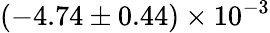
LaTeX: (-4.74\pm 0.44)\times 10^{-3}